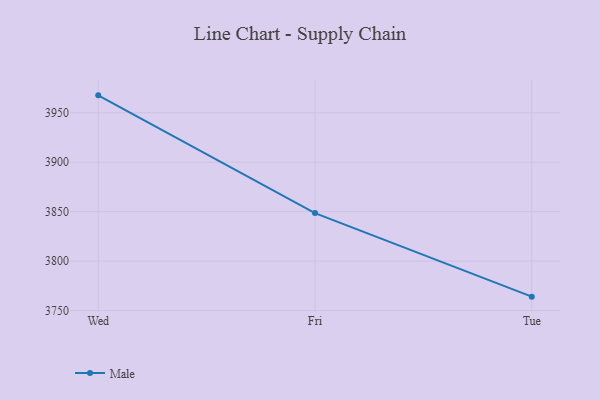
{"axis": {"x": "Day", "y": "Website Visitors"}, "legend": ["Male"], "data": [{"x": "Wed", "y": 3967.6, "type": "Male"}, {"x": "Fri", "y": 3848.6, "type": "Male"}, {"x": "Tue", "y": 3764.1, "type": "Male"}]}